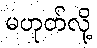
မဟုတ်လို့